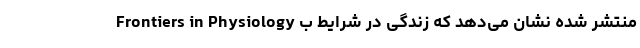
Frontiers in Physiology منتشر شده نشان می‌دهد که زندگی در شرایط ب